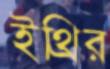
ইথ্রির